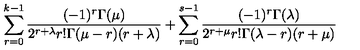
\sum _ { r = 0 } ^ { k - 1 } \frac { ( - 1 ) ^ { r } \Gamma ( \mu ) } { 2 ^ { r + \lambda } r ! \Gamma ( \mu - r ) ( r + \lambda ) } + \sum _ { r = 0 } ^ { s - 1 } \frac { ( - 1 ) ^ { r } \Gamma ( \lambda ) } { 2 ^ { r + \mu } r ! \Gamma ( \lambda - r ) ( r + \mu ) }